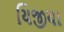
યિજીયા